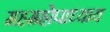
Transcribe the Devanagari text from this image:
महमहोपाध्याय